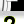
Digit: 2